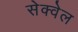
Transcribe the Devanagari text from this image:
सेक्वेल